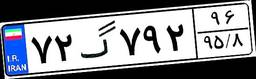
۷۲گ۷۹۲۹۶